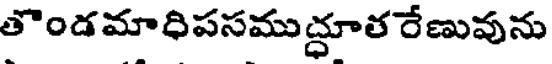
తొండమాధిపసముద్ధూత రేణువును